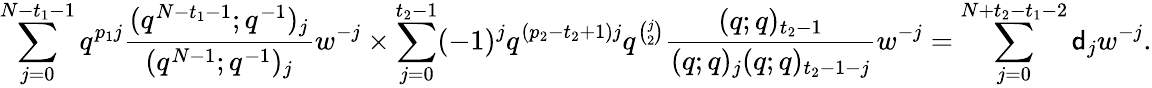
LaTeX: \sum_{j=0}^{N-t_{1}-1}q^{p_{1}j}\frac{(q^{N-t_{1}-1};q^{-1})_{j}}{(q^{N-1};q^{-1})_{j}}w^{-j}\times\sum_{j=0}^{t_{2}-1}(-1)^{j}q^{(p_{2}-t_{2}+1)j}q^{\binom{j}2}\frac{(q;q)_{t_{2}-1}}{(q;q)_{j}(q;q)_{t_{2}-1-j}}w^{-j}=\sum_{j=0}^{N+t_{2}-t_{1}-2}\mathsf{d}_{j}w^{-j}.